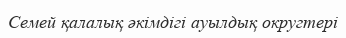
Семей қалалық әкімдігі ауылдық округтері